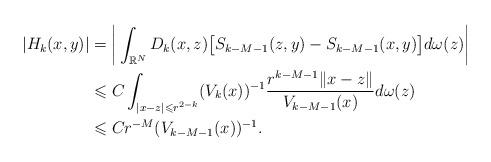
LaTeX: \begin{align*} |H_k(x,y)| &=\bigg|\int_{\Bbb R^N} D_k(x,z)\big[S_{k-M-1}(z,y)-S_{k-M-1}(x,y)\big]d\omega(z)\bigg|\\ &\leqslant C\int_{|x-z|\leqslant r^{2-k}}(V_k(x))^{-1} \frac{r^{k-M-1}\|x-z\|}{V_{k-M-1}(x)}d\omega(z)\\ &\leqslant Cr^{-M}(V_{k-M-1}(x))^{-1}. \end{align*}